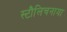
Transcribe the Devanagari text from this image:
स्टौलिचनाया